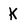
Character: K